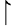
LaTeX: \upharpoonright